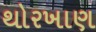
થોરખાણ